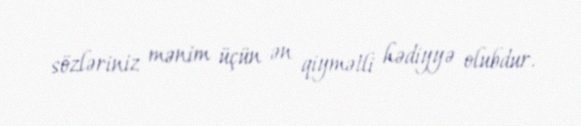
sözləriniz mənim üçün ən qiymətli hədiyyə olubdur.